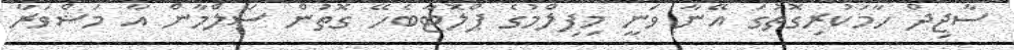
ސާޖިދް ހާމަކުރިގޮތުގަ އޭނާ ވަނީ މިފިލްމުގެ ޕްލޮޓާބެހޭ ގޮތުން ސަލްމާން އާ މަޝްވަރާ